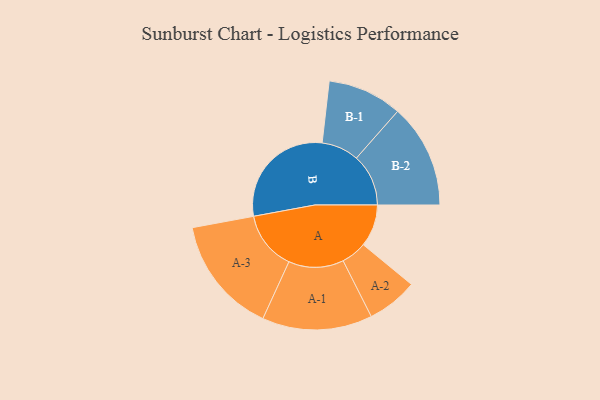
{"axis": {"x": "Segment", "y": "Value"}, "legend": ["", "A", "B"], "data": [{"x": "A", "y": 181, "type": ""}, {"x": "B", "y": 491, "type": ""}, {"x": "A-1", "y": 236, "type": "A"}, {"x": "A-2", "y": 109, "type": "A"}, {"x": "A-3", "y": 252, "type": "A"}, {"x": "B-1", "y": 160, "type": "B"}, {"x": "B-2", "y": 223, "type": "B"}]}